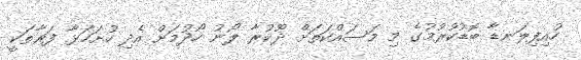
ހުއިފިލަނޑާ ބޮޑުކުރުމުގެ މި މަސައްކަތަށް ދޫކުރާ ލޯނު ހޯދުމަށް އެދި ހުށަހަޅާ ފަރާތަކީ